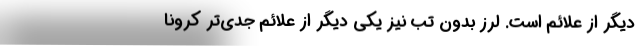
دیگر از علائم است. لرز بدون تب نیز یکی دیگر از علائم جدی‌تر کرونا